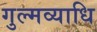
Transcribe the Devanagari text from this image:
गुल्मव्याधि